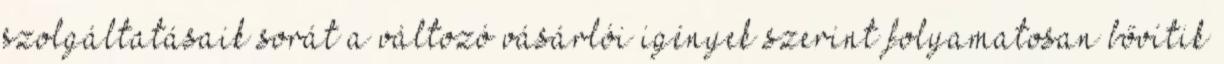
szolgáltatásaik sorát a változó vásárlói igények szerint folyamatosan bővítik